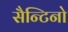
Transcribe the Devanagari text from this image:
सैन्टिनो